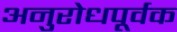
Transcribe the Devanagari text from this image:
अनुरोधपूर्वक